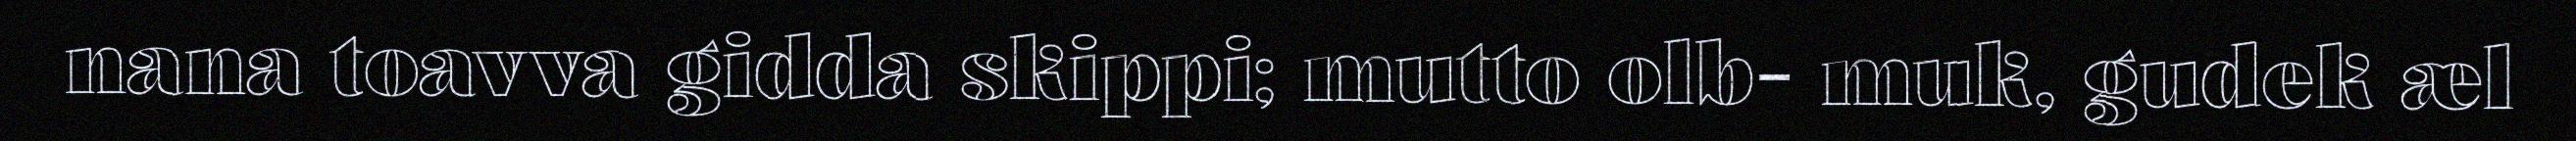
nana toavva gidda skippi; mutto olb- muk, gudek æl